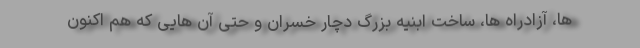
ها، آزادراه ها، ساخت ابنیه بزرگ دچار خسران و حتی آن هایی که هم اکنون